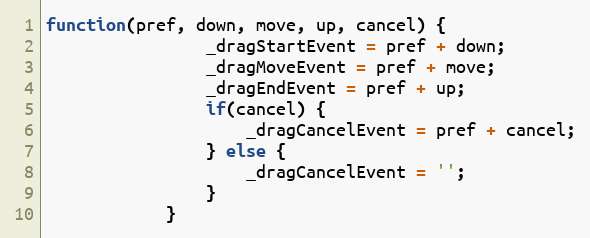
Language: JavaScript
function(pref, down, move, up, cancel) {
				_dragStartEvent = pref + down;
				_dragMoveEvent = pref + move;
				_dragEndEvent = pref + up;
				if(cancel) {
					_dragCancelEvent = pref + cancel;
				} else {
					_dragCancelEvent = '';
				}
			}